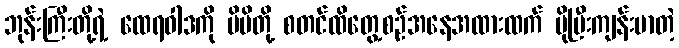
ဘုန်းကြီးတို့ရဲ့ ထေရဝါဒကို မိမိတို့ စတင်ထိတွေ့စဉ်အနေအထားထက် ပိုပြီးကျန်းမာတဲ့